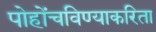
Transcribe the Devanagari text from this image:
पोहोंचविण्याकरिता